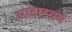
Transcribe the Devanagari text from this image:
आठाइसवें